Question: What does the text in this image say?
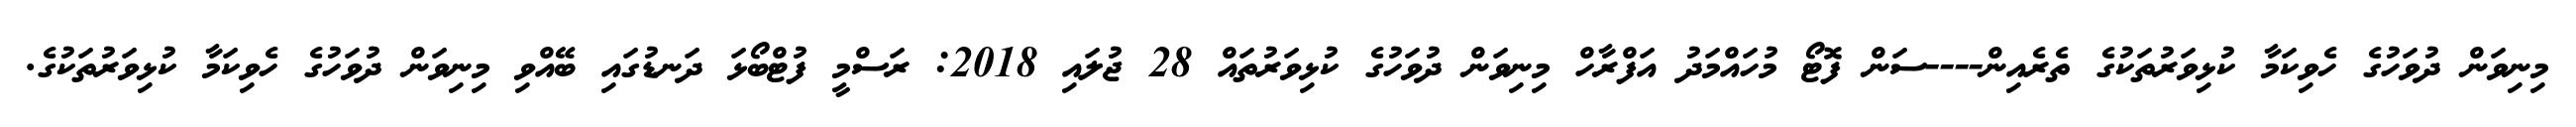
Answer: މިނިވަން ދުވަހުގެ ހެވިކަމާ ކުޅިވަރުތަކުގެ ތެރެއިން----ސަން ފޮޓޯ މުހައްމަދު އަފްރާހް މިނިވަން ދުވަހުގެ ކުޅިވަރުތައް 28 ޖުލައި 2018: ރަސްމީ ފުޓްބޯޅަ ދަނޑުގައި ބޭއްވި މިނިވަން ދުވަހުގެ ހެވިކަމާ ކުޅިވަރުތަކުގެ.